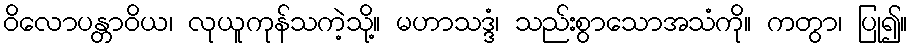
ဝိလောပန္တာဝိယ၊ လုယူကုန်သကဲ့သို့။ မဟာသဒ္ဒံ၊ သည်းစွာသောအသံကို။ ကတွာ၊ ပြု၍။